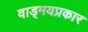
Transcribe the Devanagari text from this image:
वाड्मयप्रकार